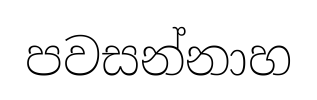
පවසන්නාහ